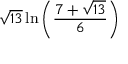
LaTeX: { \sqrt { 1 3 } } \ln \left( { \frac { 7 + { \sqrt { 1 3 } } } { 6 } } \right)